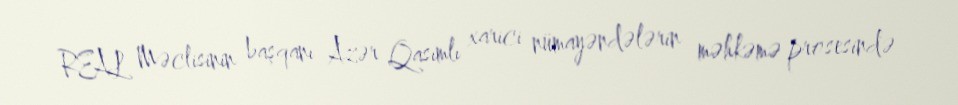
REAL Məclisinin başqanı Azər Qasımlı xarici nümayəndələrin məhkəmə prosesində